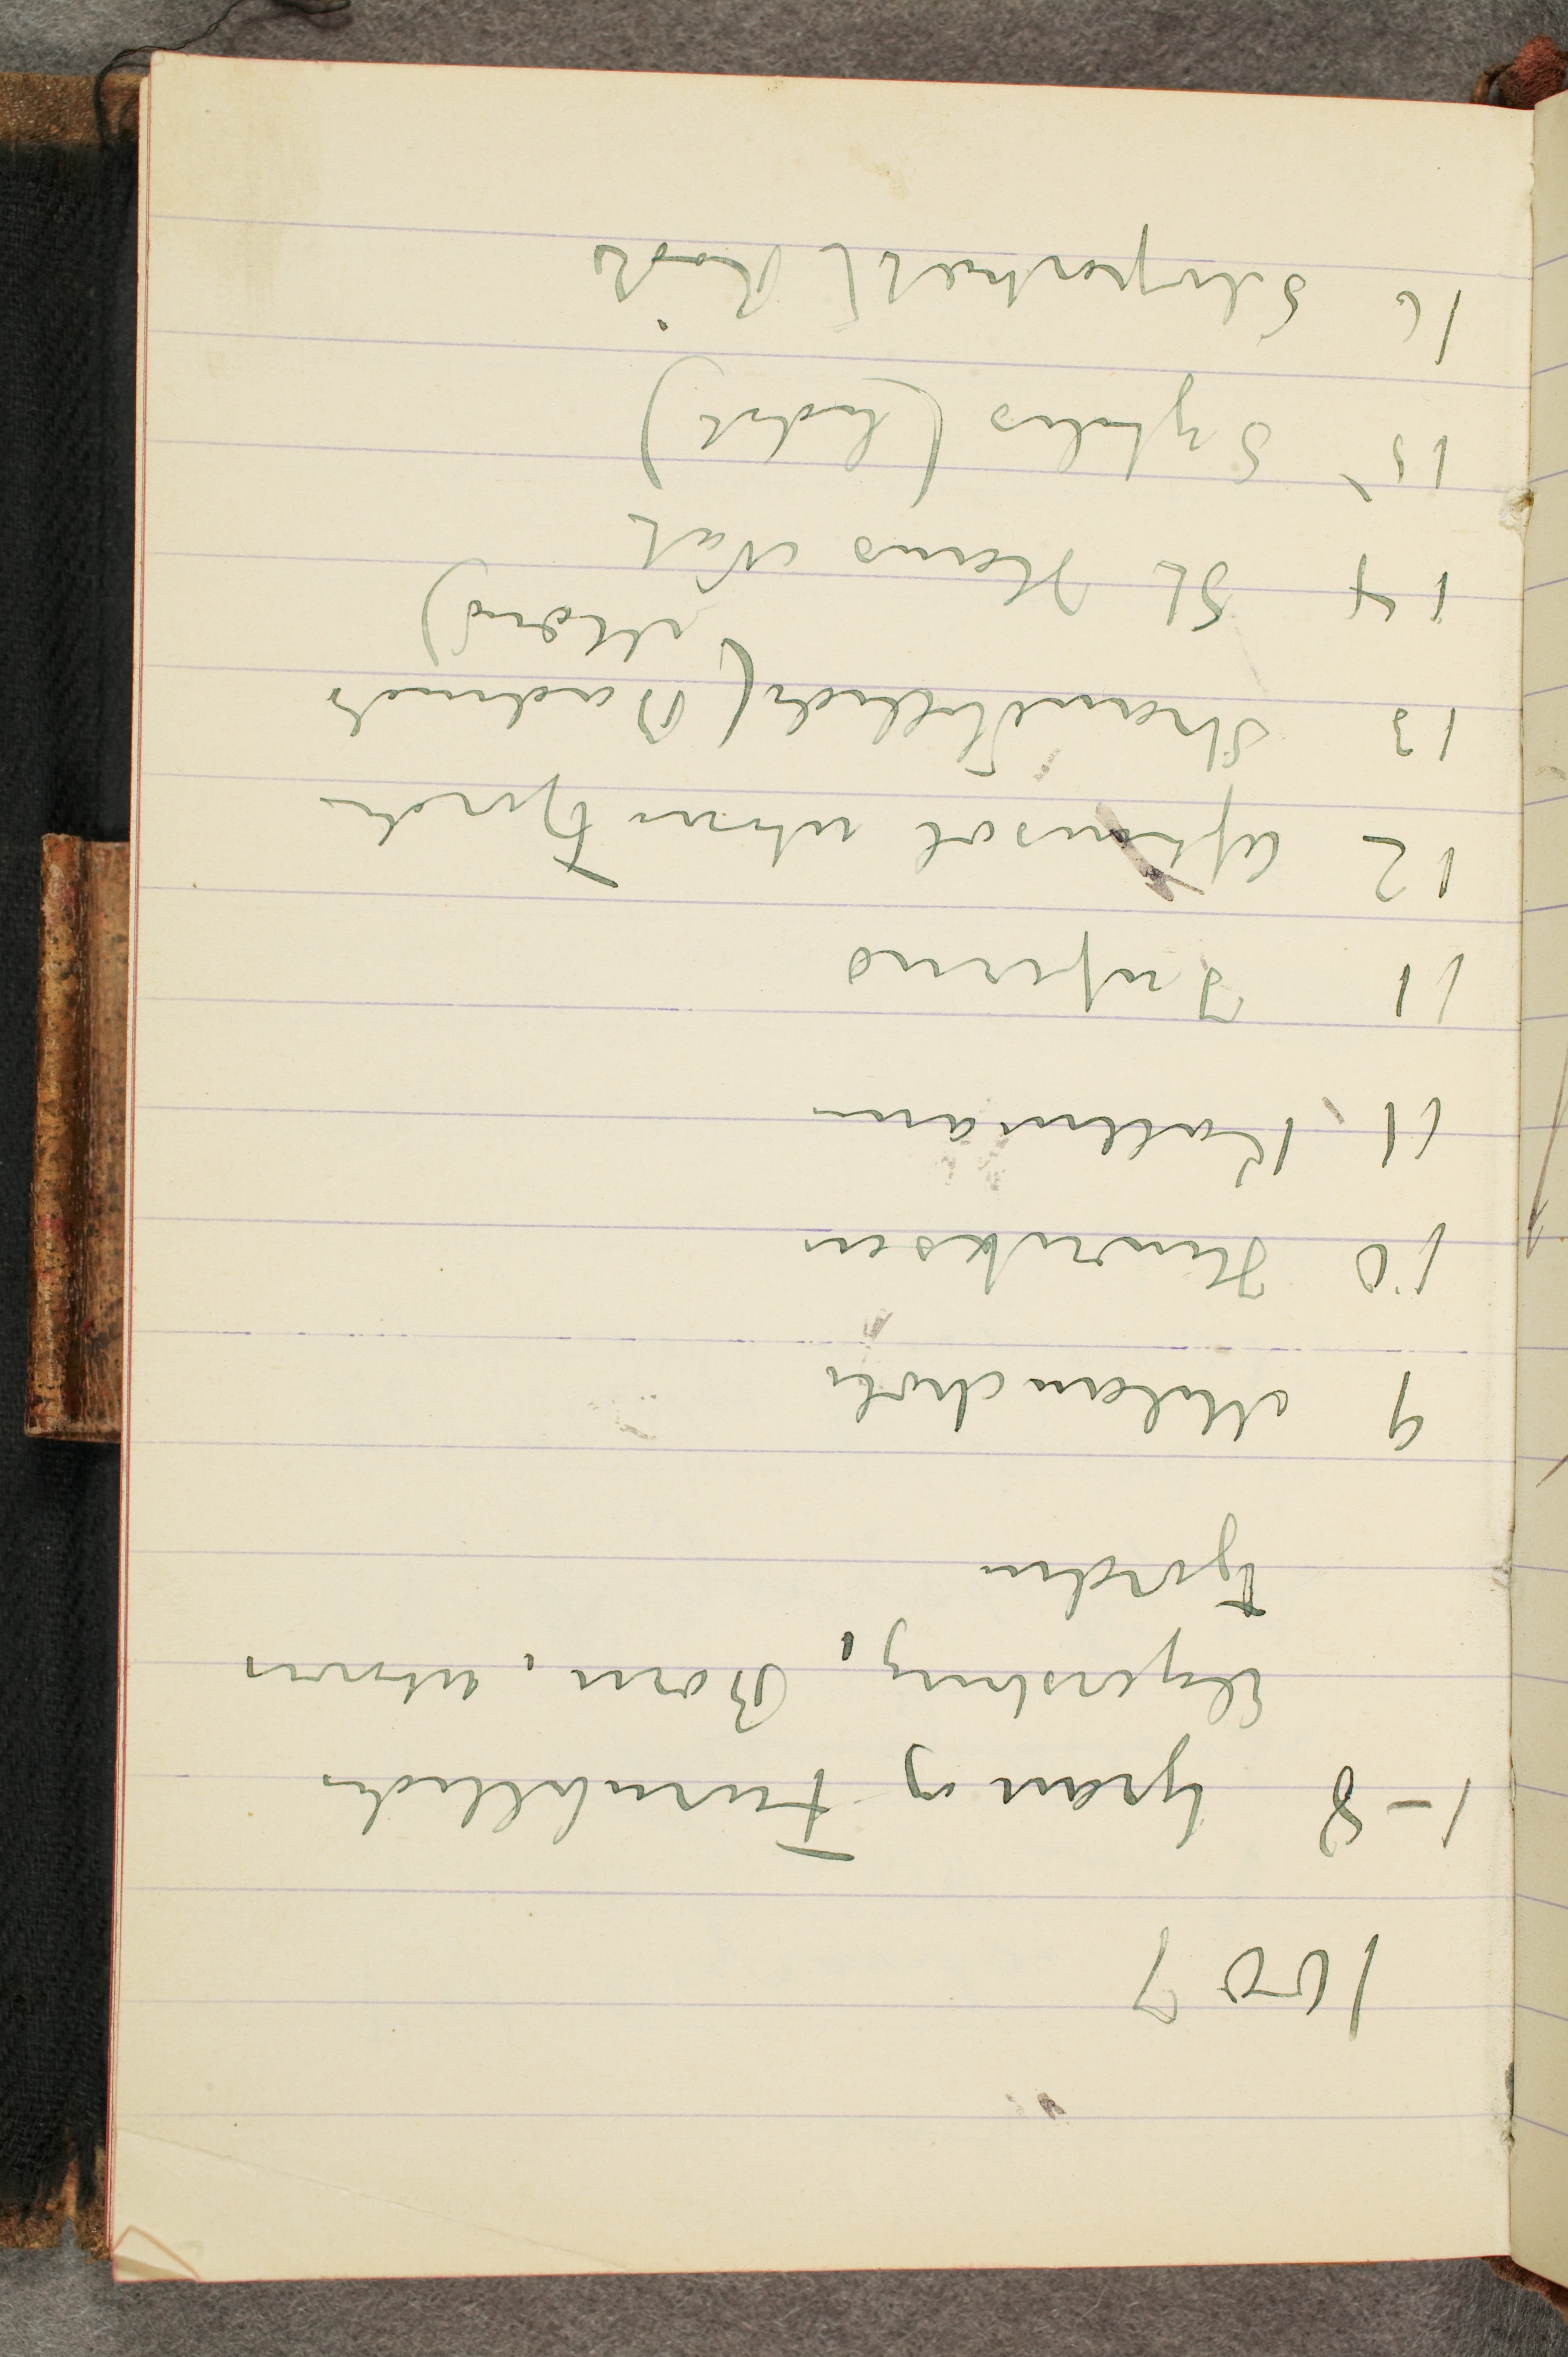
1007
1-8 Gran og Furubilleder
Elgersburg, Børn, Udover
Fjorden
9 Melancholi
10 Henriksen
11 Kollmann
11 Inferno
12 Aftensol utover Fjorden
Strandbillede (Badende
Mænd)
14 St Hans Nat
15 Syfilis (lidet)
16 Selvportrætt Rødt